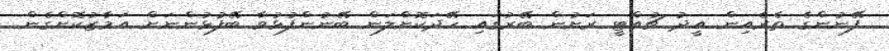
ފޭނުންގެ ތެރެއިން އީދު ޗުއްޓީ ރަށުން ބޭރުގައި ހޭދަކޮށްލަން ބޭނުންފުޅުވާ ބޭފުޅުންނަށް އަމާޒުކޮށްގެން